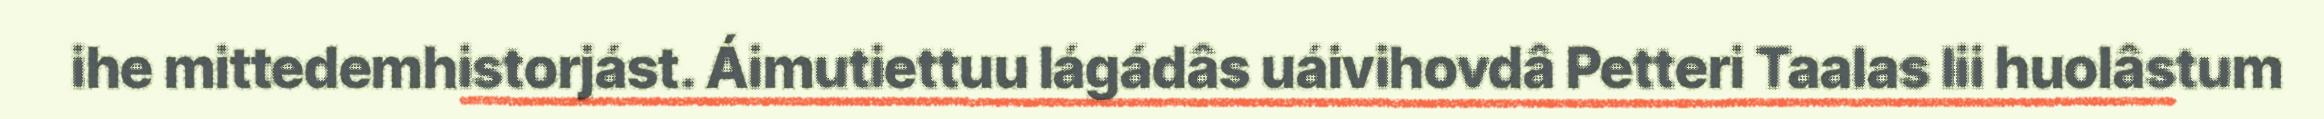
ihe mittedemhistorjást. Áimutiettuu lágádâs uáivihovdâ Petteri Taalas lii huolâstum